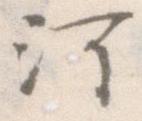
河